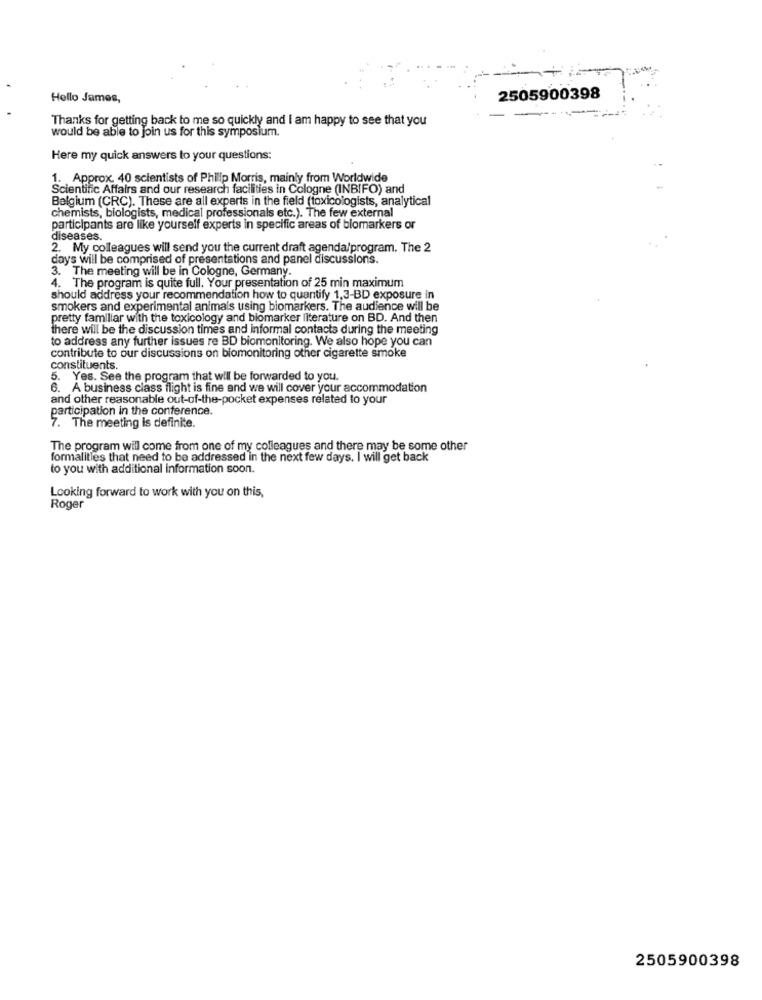
Hello James,
2505900398
Thanks for getting back to me so quickly and I am happy to see that you
would be able to join us for this symposium.
Here my quick answers to your questions:
1. Approx. 40 scientists of Philip Morris, mainly from Worldwide
Scientific Affairs and our research facilities in Cologne (INBIFO) and
Belgium (CRC). These are all experts in the field (toxicologists, analytical
chemists, biologists, medical professionals etc.). The few external
participants are like yourself experts in specific areas of biomarkers or
diseases.
2. My colleagues will send you the current draft agenda/program. The 2
days will be comprised of presentations and panel discussions.
3. The meeting will be in Cologne, Germany.
4. The program is quite full. Your presentation of 25 min maximum
should address your recommendation how to quantify 1,3-BD exposure in
smokers and experimental animals using biomarkers. The audience will be
pretty familiar with the toxicology and biomarker literature on BD. And then
there will be the discussion times and informal contacts during the meeting
to address any further issues re BD biomonitoring. We also hope you can
contribute to our discussions on biomonitoring other cigarette smoke
constituents.
5. Yes. See the program that will be forwarded to you.
6. A business class flight is fine and we will cover your accommodation
and other reasonable out-of-the-pocket expenses related to your
participation in the conference.
7. The meeting is definite.
The program will come from one of my colleagues and there may be some other
formalities that need to be addressed in the next few days. I will get back
to you with additional information soon.
Looking forward to work with you on this,
Roger
2505900398